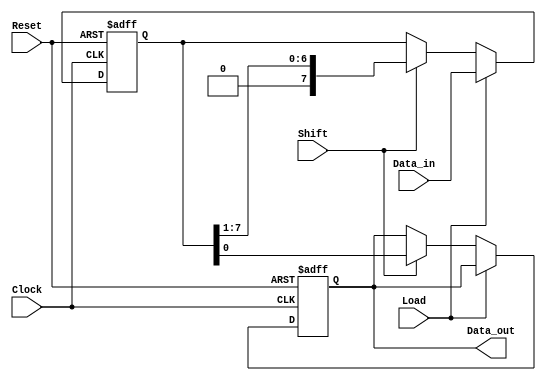
module PISO_Register #(
    parameter WIDTH = 8, // Parameter for the width of the Data_in bus
    parameter LSB_FIRST = 1 // Parameter to configure LSB or MSB first shifting
)(
    input wire [WIDTH-1:0] Data_in, // Parallel input bus
    input wire Load,                 // Load control signal
    input wire Shift,                // Shift control signal
    input wire Clock,                // Clock signal
    input wire Reset,                // Asynchronous reset signal
    output reg Data_out              // Serial output line
);

    reg [WIDTH-1:0] shift_reg; // Internal shift register

    always @(posedge Clock or posedge Reset) begin
        if (Reset) begin
            shift_reg <= {WIDTH{1'b0}}; // Clear the register on reset
            Data_out <= 1'b0; // Clear output
        end else if (Load) begin
            shift_reg <= Data_in; // Load data into the shift register
        end else if (Shift) begin
            if (LSB_FIRST) begin
                Data_out <= shift_reg[0]; // Output LSB
                shift_reg <= {1'b0, shift_reg[WIDTH-1:1]}; // Shift left
            end else begin
                Data_out <= shift_reg[WIDTH-1]; // Output MSB
                shift_reg <= {shift_reg[WIDTH-2:0], 1'b0}; // Shift right
            end
        end
    end

endmodule